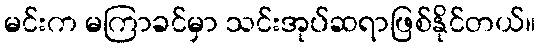
မင်းက မကြာခင်မှာ သင်းအုပ်ဆရာဖြစ်နိုင်တယ်။